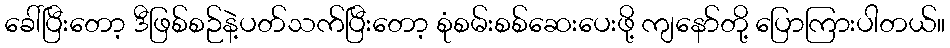
ခေါ်ပြီးတော့ ဒီဖြစ်စဉ်နဲ့ပတ်သက်ပြီးတော့ စုံစမ်းစစ်ဆေးပေးဖို့ ကျနော်တို့ ပြောကြားပါတယ်။